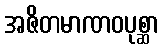
အဇိတမာဏဝပုစ္ဆာ